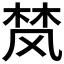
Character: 𮨴